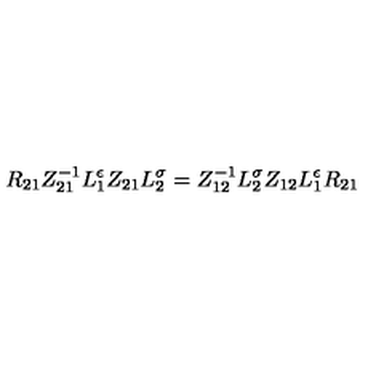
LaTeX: { R } _ { 2 1 } Z _ { 2 1 } ^ { - 1 } L _ { 1 } ^ { \epsilon } Z _ { 2 1 } L _ { 2 } ^ { \sigma } = Z _ { 1 2 } ^ { - 1 } L _ { 2 } ^ { \sigma } Z _ { 1 2 } L _ { 1 } ^ { \epsilon } { R } _ { 2 1 }